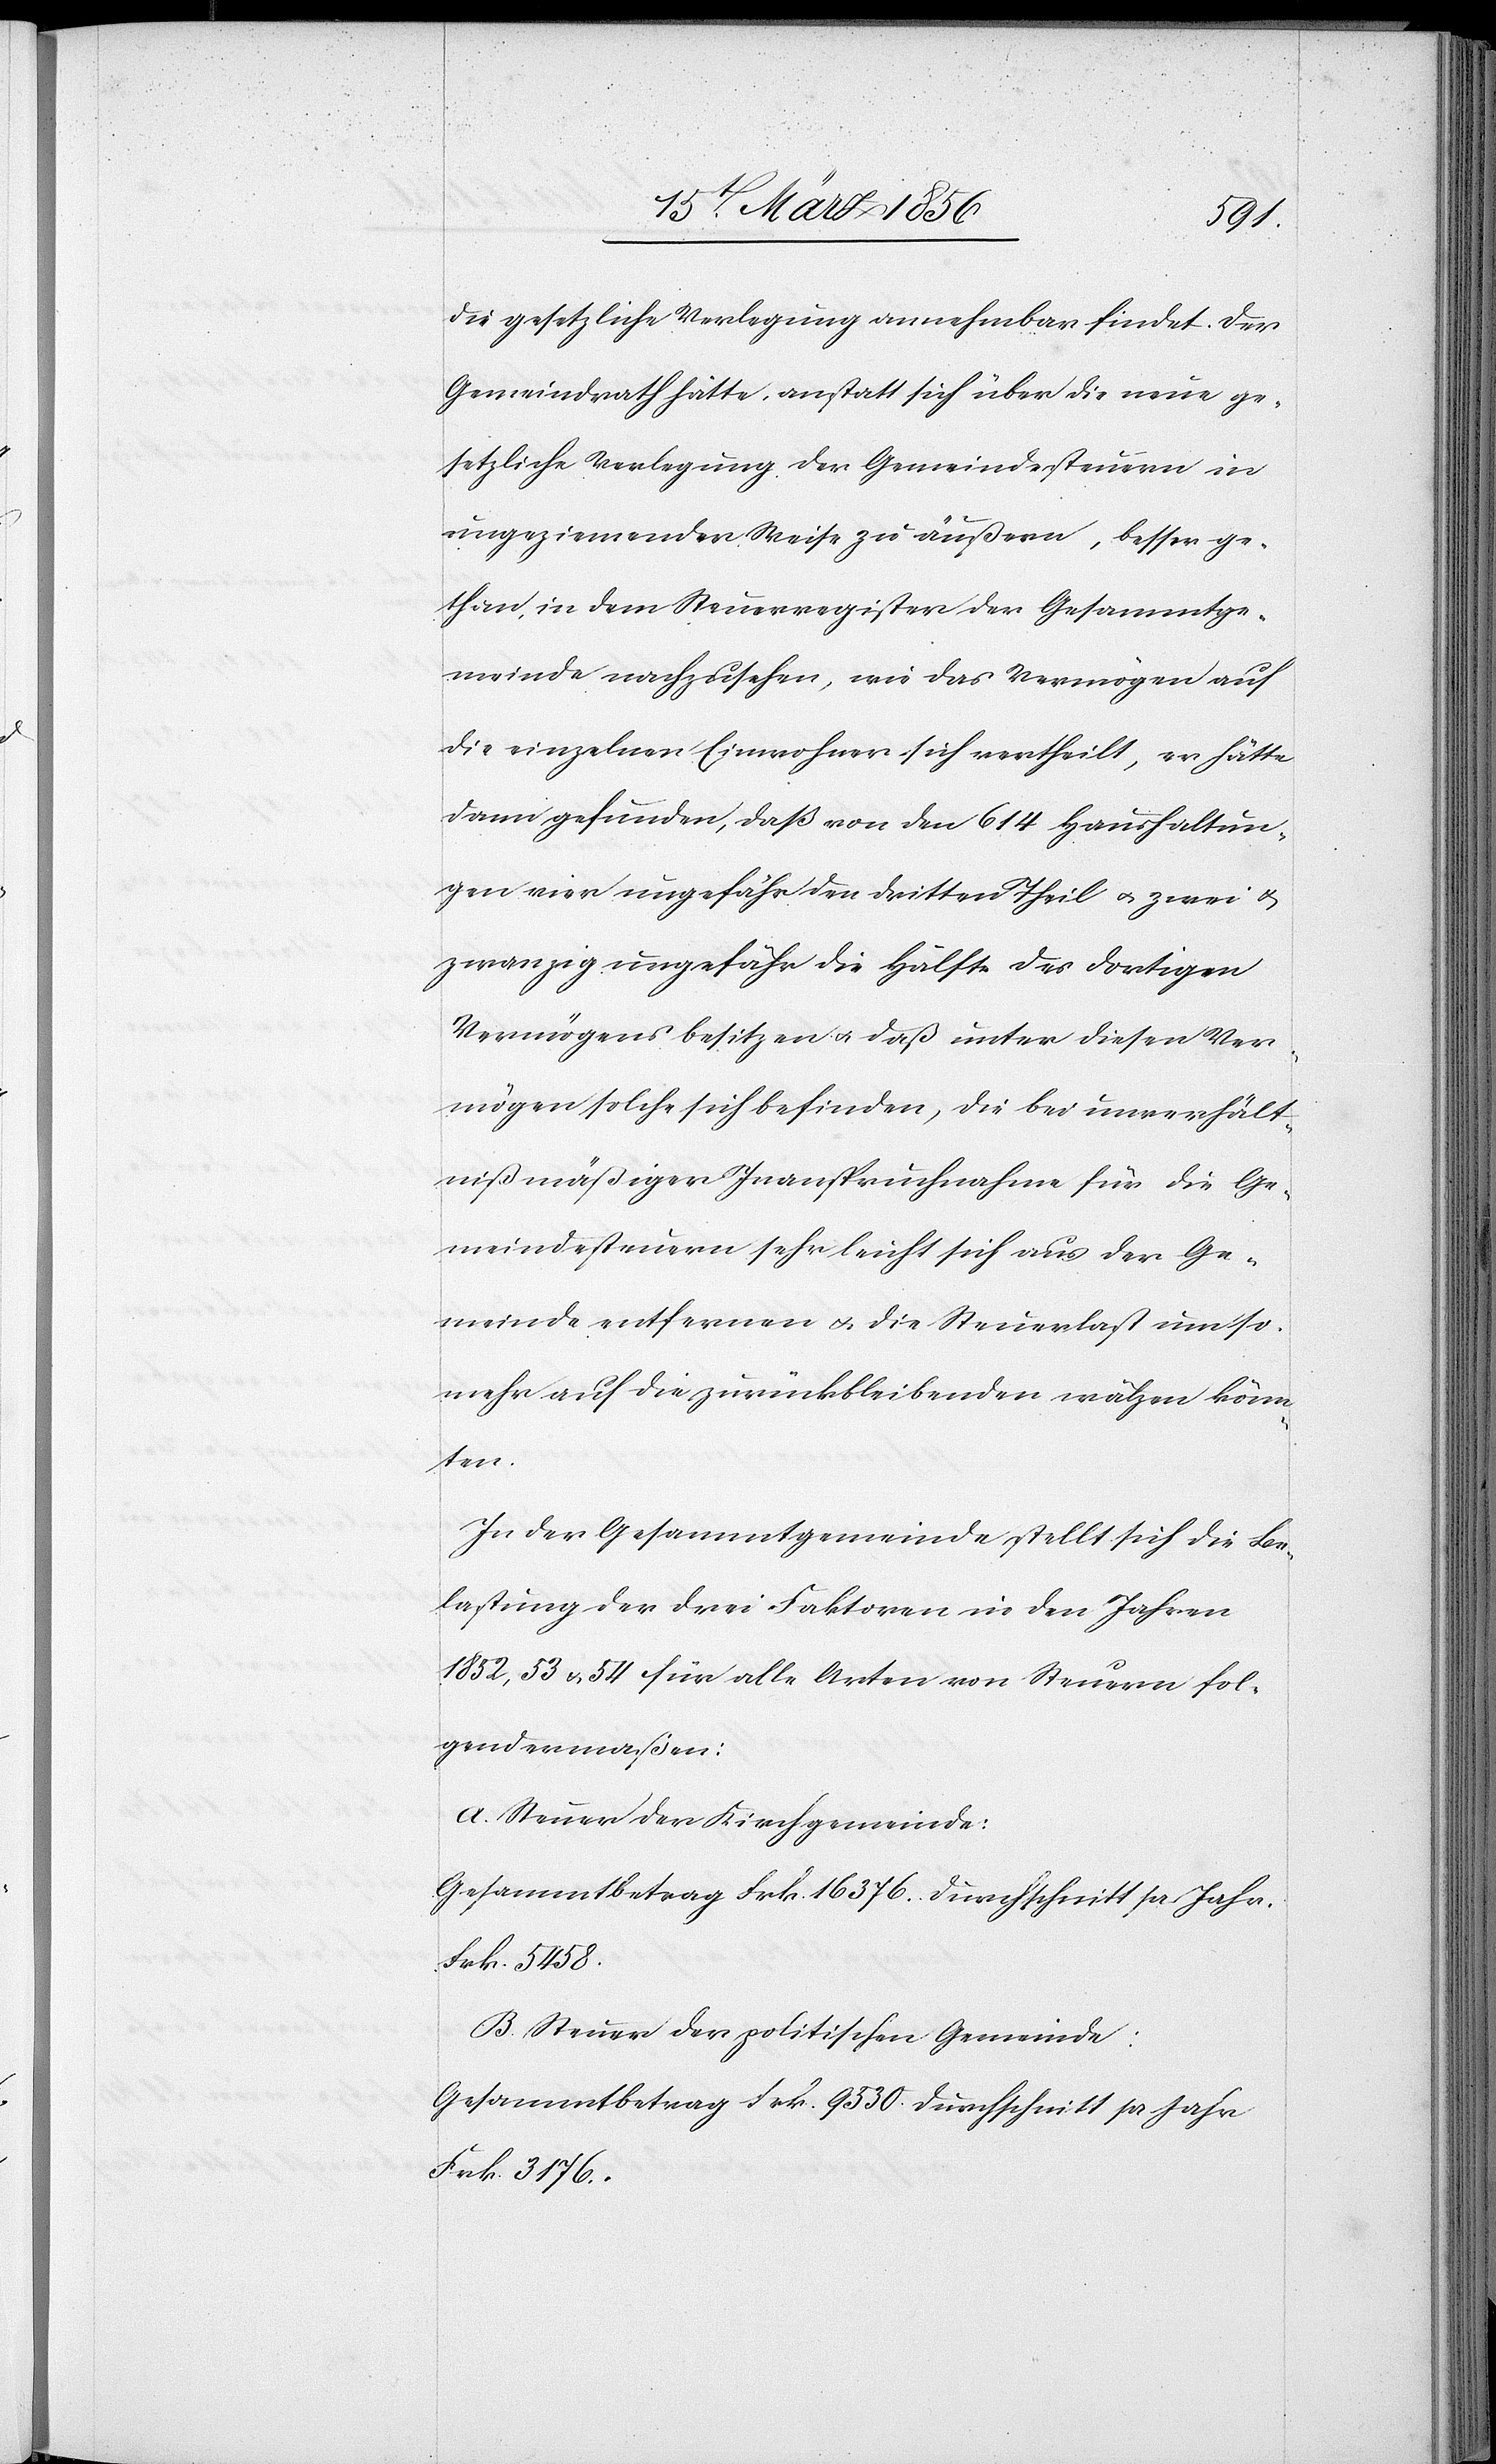
die gesetzliche Verlegung annehmbar findet. Der
Gemeindrath hätte, anstatt sich über die neue ge¬
setzliche Verlegung der Gemeindesteuern in
ungeziemender Weise zu äußern, besser ge¬
than, in dem Steuerregister der Gesammtge¬
meinde nachzusehen, wie das Vermögen auf
die einzelnen Einwohner sich vertheilt, er hätte
dann gefunden, daß von den 614 Haushaltun¬
gen vier ungefähr den dritten Theil u. zwei &
zwanzig ungefähr die Hälfte des dortigen
Vermögens besitzen u. daß unter diesen Ver¬
mögen solche sich befinden, die bei unverhält¬
nißmäßiger Inanspruchnahme für die Ge¬
meindesteuern sehr leicht sich aus der Ge¬
meinde entfernen u. die Steuerlast um so
mehr auf die zurückbleibenden wälzen könn¬
ten.
In der Gesammtgemeinde stellt sich die Be¬
lastung der drei Faktoren in den Jahren
1852, 53 & 54 für alle Arten von Steuern fol¬
gendermaßen:
A. Steuer der Kirchgemeinde:
Gesammtbetrag Frk. 16376. Durchschnitt pr Jahr.
Frk. 5458.
B. Steuer der politischen Gemeinde:
Gesammtbetrag Frk. 9530. Durchschnitt pr Jahr
Frk. 3176.